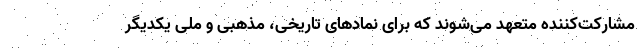
مشارکت‌کننده متعهد می‌شوند که برای نمادهای تاریخی، مذهبی و ملی یکدیگر